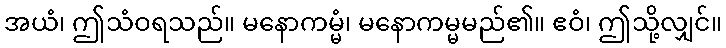
အယံ၊ ဤသံဝရသည်။ မနောကမ္မံ၊ မနောကမ္မမည်၏။ ဧဝံ၊ ဤသို့လျှင်။